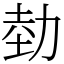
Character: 勎